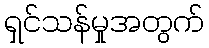
ရှင်သန်မှုအတွက်